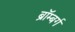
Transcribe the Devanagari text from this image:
ब्रॉम्बर्ग